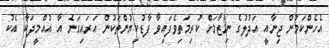
އެހެންކަމުން ޖިނާއީ އަދުލުގެ ނިޒާމަށް ކުރިމަތިވެފައިވާ ފާޑުކިޔުންތަކުން އަރައިގަނެ އާ އުއްމީދަކާ އެކު